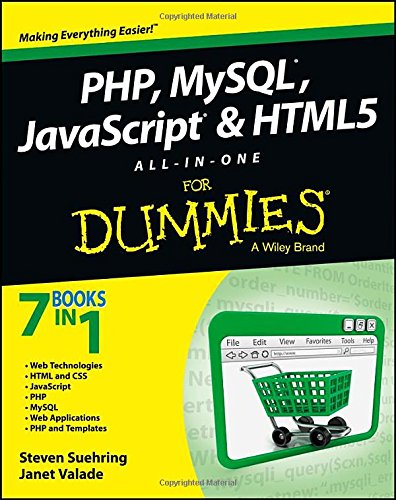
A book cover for PHP, MySQL, JavaScript & HTML5 All-in-One For Dummies; Steve Suehring; Computers & Technology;